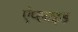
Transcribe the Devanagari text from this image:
एंप्‍लाइड